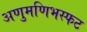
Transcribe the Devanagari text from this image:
अणुमणिभस्फट